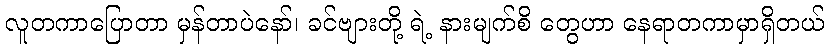
လူတကာပြောတာ မှန်တာပဲနော်၊ ခင်ဗျားတို့ ရဲ့ နားမျက်စိ တွေဟာ နေရာတကာမှာရှိတယ်